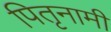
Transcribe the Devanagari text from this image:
पितृनामी